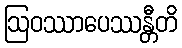
ဩဝဿာပေဿန္တီတိ